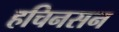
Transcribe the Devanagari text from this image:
हचिनसन